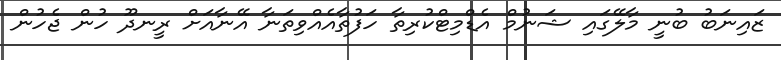
ޒައިނަބު ބުނީ މާލޭގައި ޝަނުމް އެޑްމިޓްކުރިތާ ހަފުތާއެއްވިތަނާ އޭނާއަށް ރީނދޫ ހުން ޖެހުން